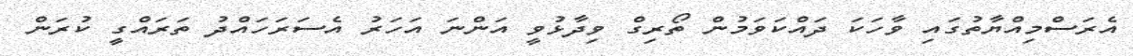
އެރަސްމިއްޔާތުގައި ވާހަކަ ދައްކަވަމުން ތޯރިގް ވިދާޅުވީ އަންނަ އަހަރު އެސަރަހައްދު ތަރައްގީ ކުރަން